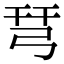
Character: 𢏗